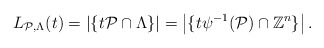
\begin{align*} L_{\mathcal{P}, \Lambda}(t) = \left| \{ t\mathcal{P} \cap \Lambda \} \right| = \left| \{ t\psi^{-1}(\mathcal{P}) \cap \mathbb{Z}^n \} \right|.\end{align*}